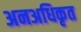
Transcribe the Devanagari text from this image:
अनअधिकृत